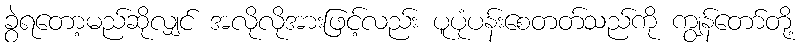
ခွဲရတော့မည်ဆိုလျှင် အလိုလိုအားဖြင့်လည်း ပူပုံပန်းစေတတ်သည်ကို ကျွန်တော်တို့